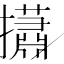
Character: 𢸳